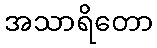
အသာရိတော